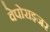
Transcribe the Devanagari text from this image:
वेपोराइजर